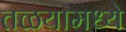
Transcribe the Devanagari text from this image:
तळयामध्ये